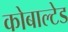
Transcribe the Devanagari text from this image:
कोबाल्टेड